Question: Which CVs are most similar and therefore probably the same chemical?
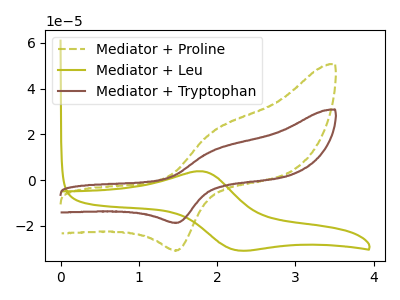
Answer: <think>The olive dashed curve "Mediator + Proline" has an anodic peak at (1.95V, 21.20uA) and a cathodic peak at (1.50V, -30.65uA). The olive curve "Mediator + Leu" has an anodic peak at (1.80V, 3.85uA) and a cathodic peak at (2.25V, -30.70uA). The brown curve "Mediator + Tryptophan" has an anodic peak at (1.95V, 12.90uA) and a cathodic peak at (1.50V, -18.60uA).
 "Mediator + Proline" and "Mediator + Leu" have at least one peak that do not match. All the peaks in "Mediator + Proline" have a peak in "Mediator + Tryptophan" at the same potential. Every peak in "Mediator + Proline" is higher than every peak in "Mediator + Tryptophan". "Mediator + Leu" and "Mediator + Tryptophan" have at least one peak that do not match.</think>
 <answer>"Mediator + Proline" and "Mediator + Tryptophan" have the same shape and are likely CV's of the same chemical.</answer>
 <eval>"Mediator + Proline" "Mediator + Tryptophan"</eval>